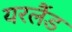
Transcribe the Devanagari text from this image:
यरलैंड